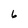
Character: 6